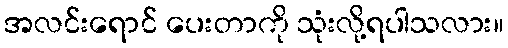
အလင်းရောင် ပေးတာကို သုံးလို့ရပါသလား။